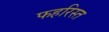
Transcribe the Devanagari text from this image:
फहरिस्त